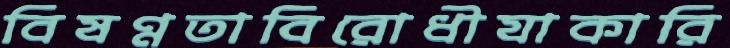
বিষণ্নতাবিরোধীযাকারি